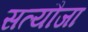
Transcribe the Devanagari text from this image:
सत्यौजा